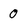
Character: 0